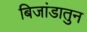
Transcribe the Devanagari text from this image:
बिजांडातुन